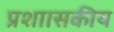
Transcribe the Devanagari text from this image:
प्रशाासकीय